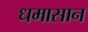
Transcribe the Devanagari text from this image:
धमासान